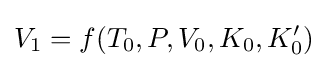
V_{1}=f(T_{0},P,V_{0},K_{0},K_{0}')